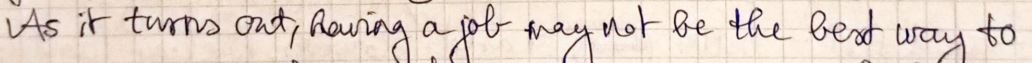
As it turns out, having a job may not be the best way to